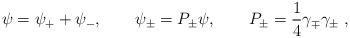
LaTeX: \begin{align*}\psi = \psi_+ + \psi_- , \qquad \psi_{\pm} = P_{\pm} \psi , \qquad P_{\pm} = \frac{1}{4}\gamma_{\mp}\gamma_{\pm} \; ,\end{align*}